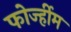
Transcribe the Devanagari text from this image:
फोर्ज्हीम